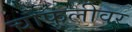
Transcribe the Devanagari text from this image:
चौफुलीवर